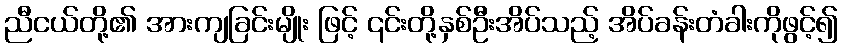
ညီငယ်တို့၏ အားကျခြင်းမျိုး ဖြင့် ၎င်းတို့နှစ်ဦးအိပ်သည့် အိပ်ခန်းတံခါးကိုဖွင့်၍